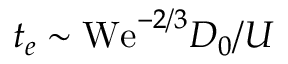
t _ { e } \sim \mathrm { W e } ^ { - 2 / 3 } D _ { 0 } / U